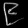
Digit: ၉